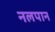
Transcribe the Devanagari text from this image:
नलपान